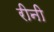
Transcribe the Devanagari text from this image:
रीनी